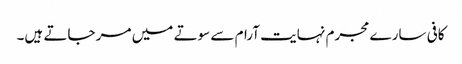
کافی سارے مجرم نہایت آرام سے سوتے میں مر جاتے ہیں۔